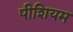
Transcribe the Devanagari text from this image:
पीशियम